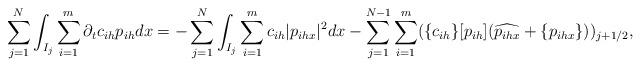
LaTeX: \begin{align*}&\sum_{j=1}^N \int_{I_j} \sum_{i=1}^m \partial_t c_{ih} p_{ih} dx = - \sum_{j=1}^N \int_{I_j} \sum_{i=1}^m c_{ih} |p_{ihx}|^2 dx - \sum_{j=1}^{N-1} \sum_{i=1}^m ( \{c_{ih}\} [p_{ih}] (\widehat{p_{ihx}} +\{p_{ihx}\} ))_{j+1/2},\end{align*}